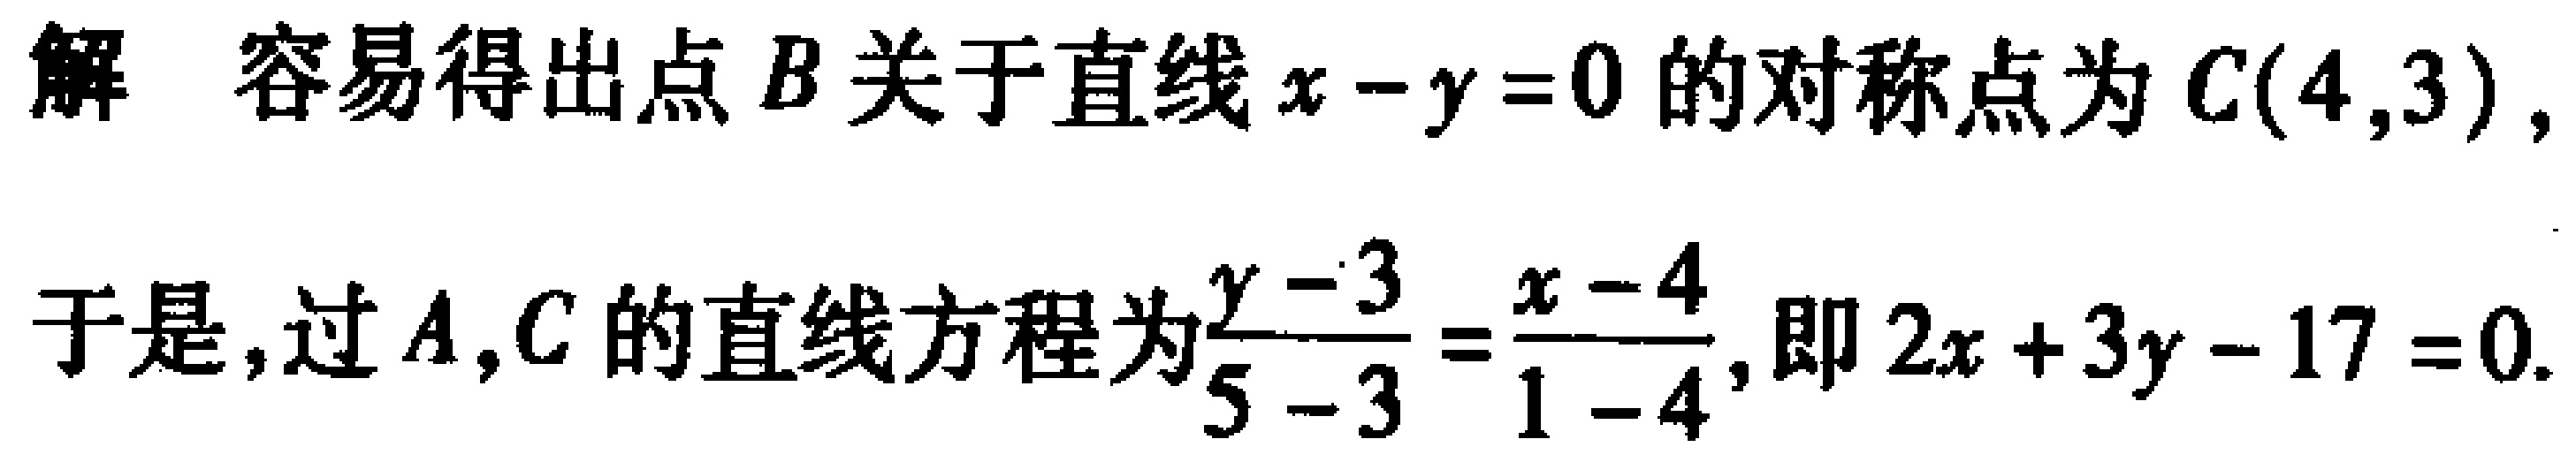
解 容易得出点 \(B\) 关于直线 \(x - y = 0\) 的对称点为 \(C(4,3)\),
于是, 过 \(A,C\) 的直线方程为\(\frac{y - 3}{5 - 3}=\frac{x - 4}{1 - 4}\), 即 \(2x + 3y - 17 = 0\).